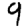
Digit: 9